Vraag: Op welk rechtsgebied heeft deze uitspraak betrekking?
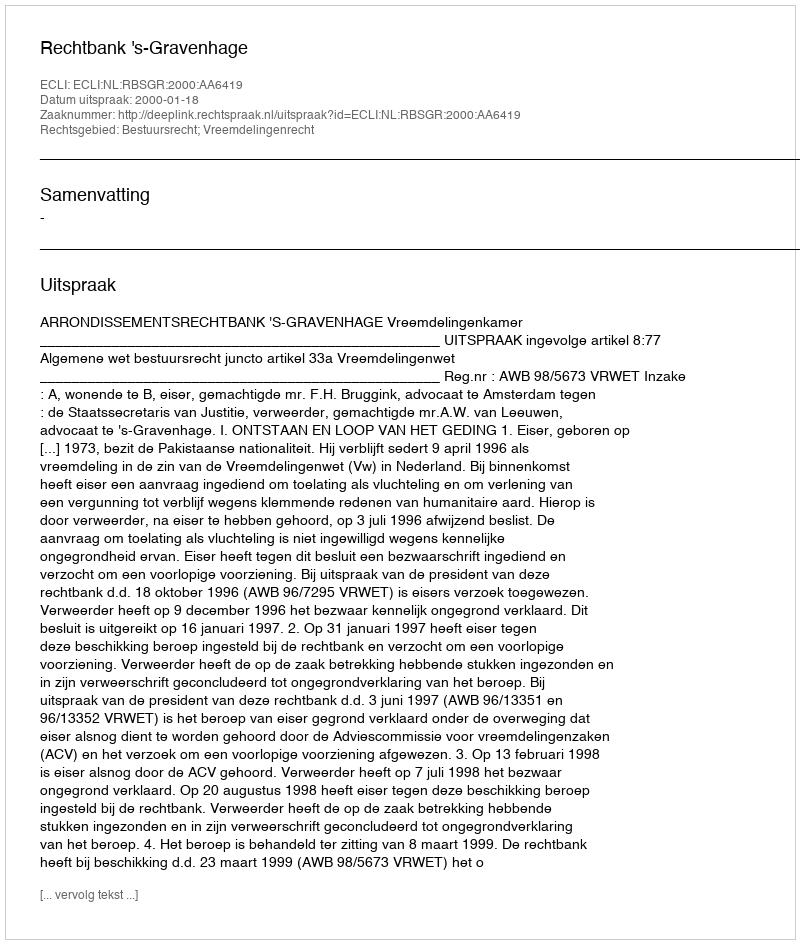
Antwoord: Bestuursrecht; Vreemdelingenrecht